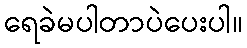
ရေခဲမပါတာပဲပေးပါ။